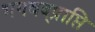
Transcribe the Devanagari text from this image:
भगवद्प्राप्ति